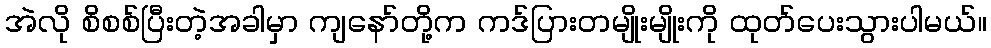
အဲလို စိစစ်ပြီးတဲ့အခါမှာ ကျနော်တို့က ကဒ်ပြားတမျိုးမျိုးကို ထုတ်ပေးသွားပါမယ်။